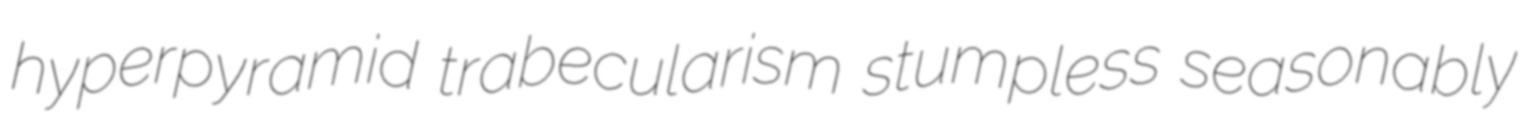
hyperpyramid trabecularism stumpless seasonably